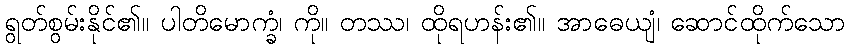
ရွတ်စွမ်းနိုင်၏။ ပါတိမောက္ခံ၊ ကို။ တဿ၊ ထိုရဟန်း၏။ အာဓေယျံ၊ ဆောင်ထိုက်သော